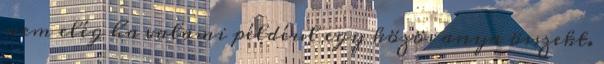
nem elég ha valami példéul egy közös anya összekt.